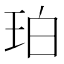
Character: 珀